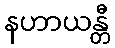
နဟာယန္တီ